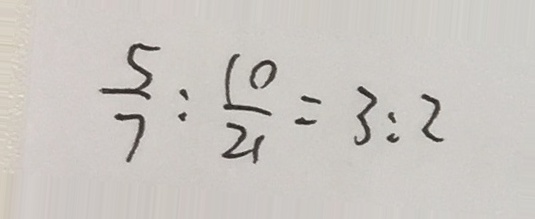
\frac { 5 } { 7 } : \frac { 1 0 } { 2 1 } = 3 : 2